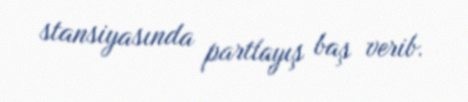
stansiyasında partlayış baş verib.